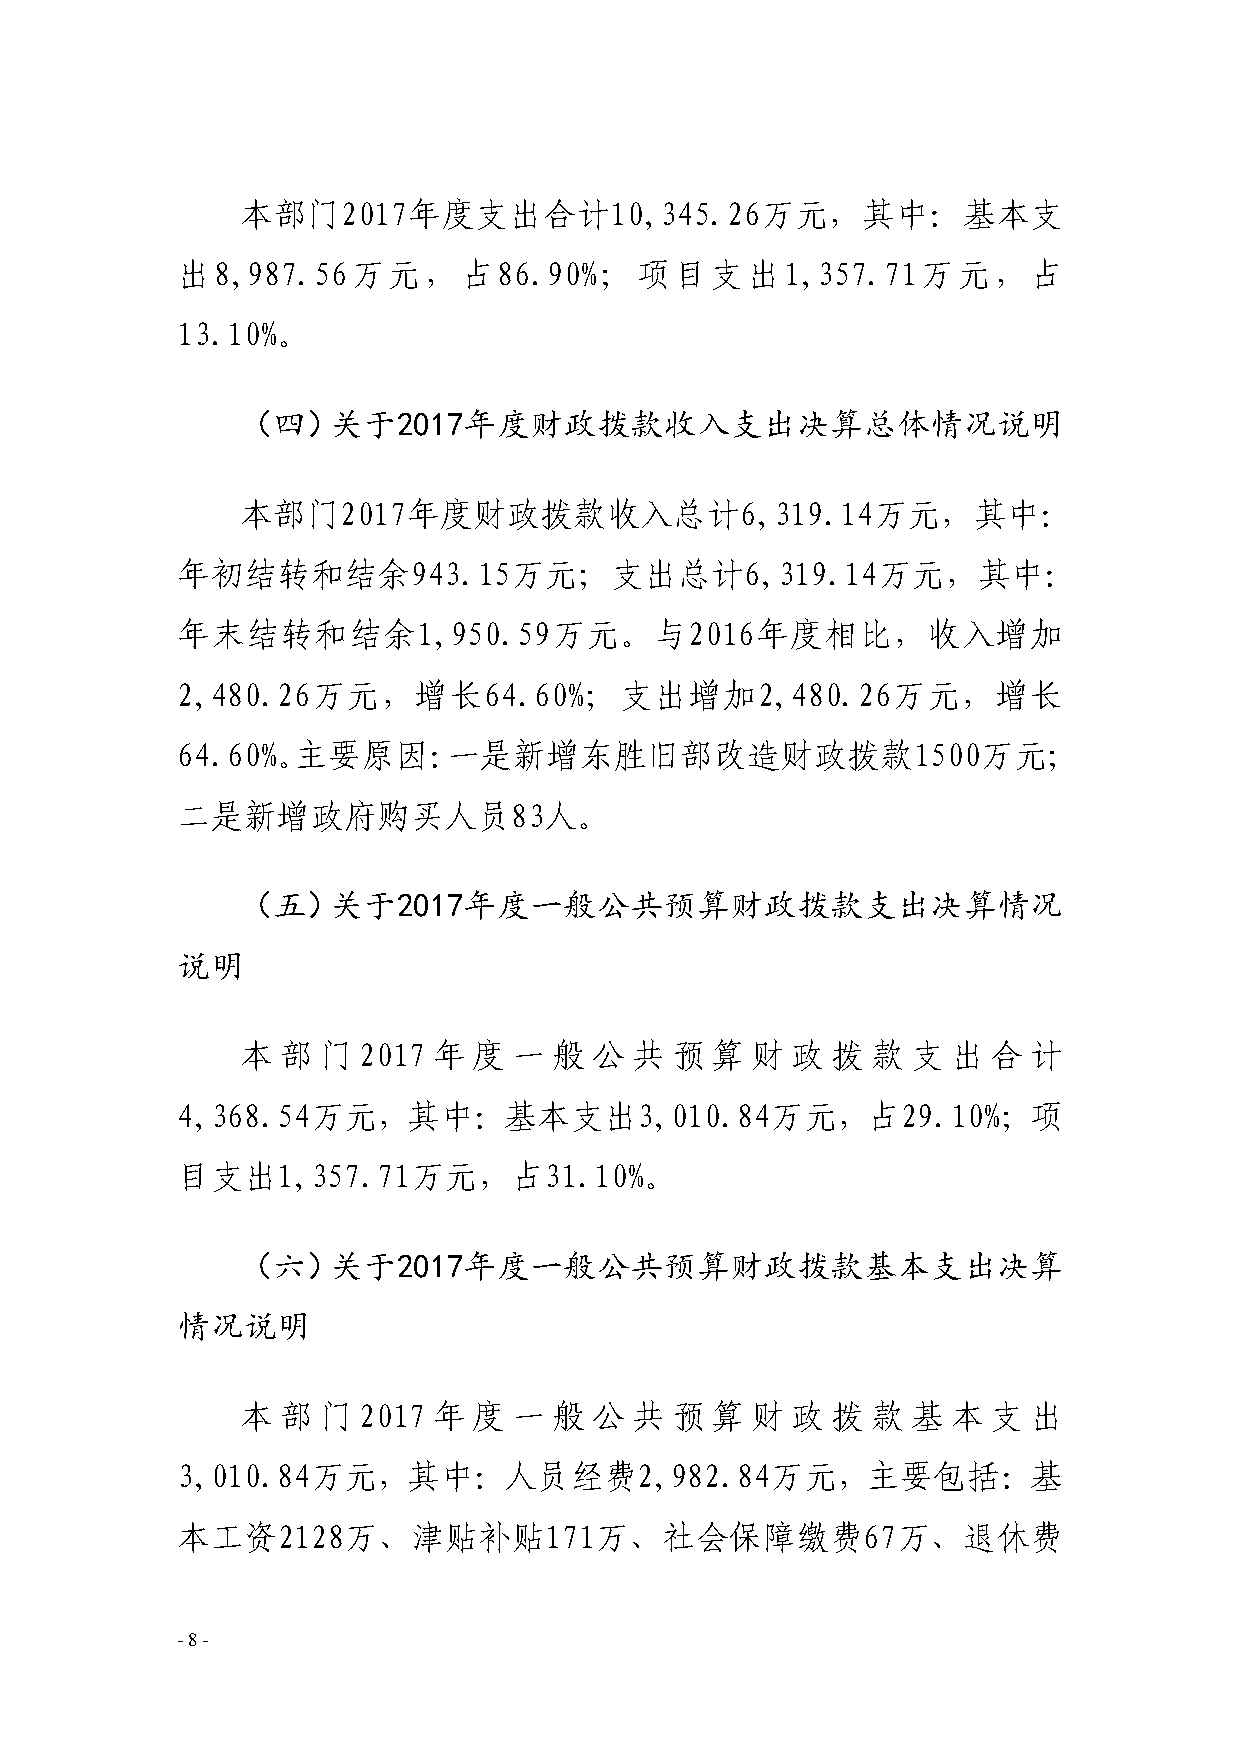
本部门2017年度支出合计10,345.26万元，其中：基本支
 出8,987.56万元，占86.90%；项目支出1,357.71万元，占
 13.10%。
 （四）关于2017年度财政拨款收入支出决算总体情况说明
 本部门2017年度财政拨款收入总计6,319.14万元，其中：
 年初结转和结余943.15万元；支出总计6,319.14万元，其中：
 年末结转和结余1,950.59万元。与2016年度相比，收入增加
 2,480.26万元，增长64.60%；支出增加2,480.26万元，增长
 64.60%。主要原因：一是新增东胜旧部改造财政拨款1500万元；
 二是新增政府购买人员83人。
 （五）关于2017年度一般公共预算财政拨款支出决算情况
 说明
 本  部 门  2017 年 度  一  般 公  共 预  算  财 政  拨  款 支  出  合 计
 4,368.54万元，其中：基本支出3,010.84万元，占29.10%；项
 目支出1,357.71万元，占31.10%。
 （六）关于2017年度一般公共预算财政拨款基本支出决算
 情况说明
 本  部 门  2017 年 度  一  般 公  共 预  算  财 政  拨  款 基  本  支 出
 3,010.84万元，其中：人员经费2,982.84万元，主要包括：基
 本工资2128万、津贴补贴171万、社会保障缴费67万、退休费
 -8-